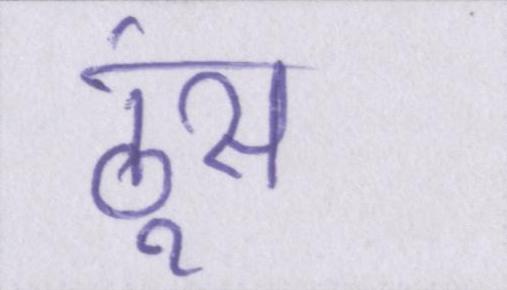
ठूंस